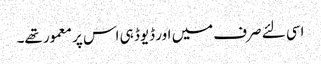
اسی لئے صرف میں اور ڈیوڈ ہی اس پر معمور تھے۔